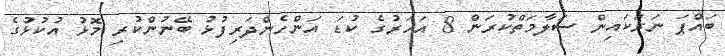
ބައްޕަ ނަރަކައިން ސަލާމަތްކުރަން 8 އަހަރުގެ ކުޑަ އަންހެންދަރިފުޅު ބޭނުންކުރި މޮޅު އުކުޅުގެ